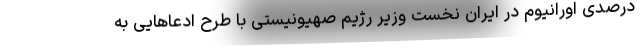
درصدی اورانیوم در ایران نخست وزیر رژیم صهیونیستی با طرح ادعاهایی به